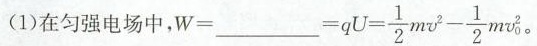
(1)在匀强电场中，W=___=qU= \frac{1}{2}mv^{2}- \frac{1}{2}mv_{0}^{2}。